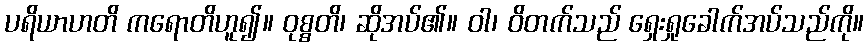
ပရိယာဟတိ ကရောတိဟူ၍။ ဝုစ္စတိ၊ ဆိုအပ်၏။ ဝါ၊ ဝိတက်သည် ရှေးရှုခေါက်အပ်သည်ကို။